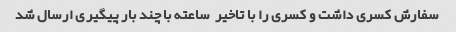
سفارش کسری داشت و کسری را با تاخیر  ساعته با چند بار پیگیری ارسال شد